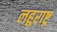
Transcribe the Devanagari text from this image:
लहूराष्ट्र